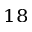
^ { 1 8 }